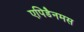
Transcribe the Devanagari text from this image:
एपिडैनमस